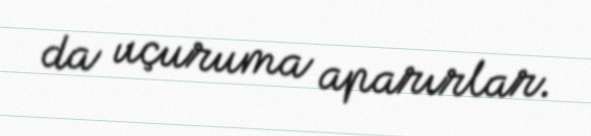
da uçuruma aparırlar.